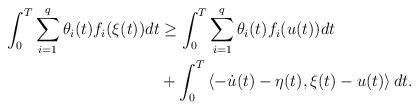
LaTeX: \begin{align*} \int_0^T \sum_{i=1}^{q} \theta_i (t) f_i (\xi(t)) dt &\geq \int_0^T \sum_{i=1}^{q} \theta_i (t) f_i (u(t)) dt \\ &+ \int_0^T \left\langle -\dot{u}(t) - \eta (t), \xi(t) - u(t) \right\rangle dt. \end{align*}